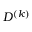
D ^ { ( k ) }